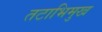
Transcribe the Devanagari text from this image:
तटाभिमुख